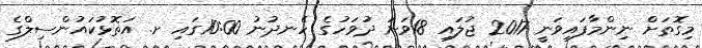
މިގޮތަށް ނިންމާފައިވަނީ 2017 ޖުލައި 18ވަނަ ދުވަހުގެ ހެނދުނު 10:00ގައި ށ. އަތޮޅުކައުންސިލްގެ